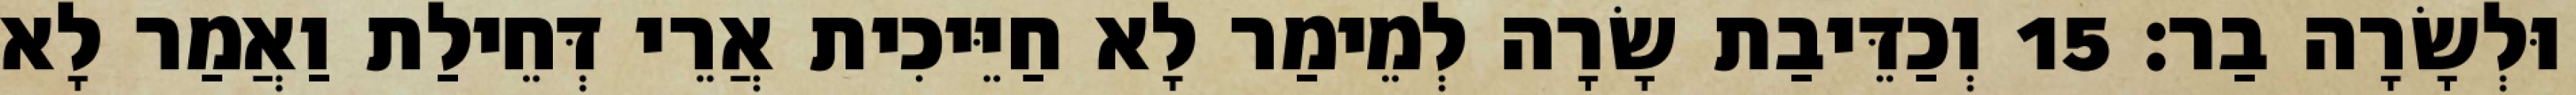
וּלְשָׂרָה בַר׃ 15 וְכַדֵּיבַת שָׂרָה לְמֵימַר לָא חַיֵּיכִית אֲרֵי דְּחֵילַת וַאֲמַר לָא